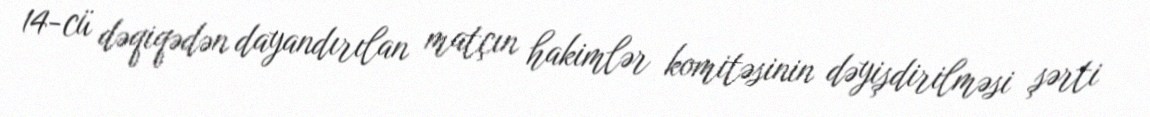
14-cü dəqiqədən dayandırılan matçın hakimlər komitəsinin dəyişdirilməsi şərti